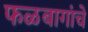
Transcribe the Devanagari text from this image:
फळबागांचे